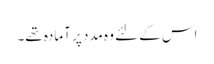
اس کے لئے وہ مدد پر آمادہ تھے۔